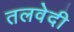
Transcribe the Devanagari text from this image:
तलवेदी